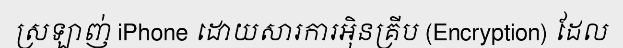
ស្រឡាញ់ iPhone ដោយសារការអ៊ិនគ្រីប (Encryption) ដែល